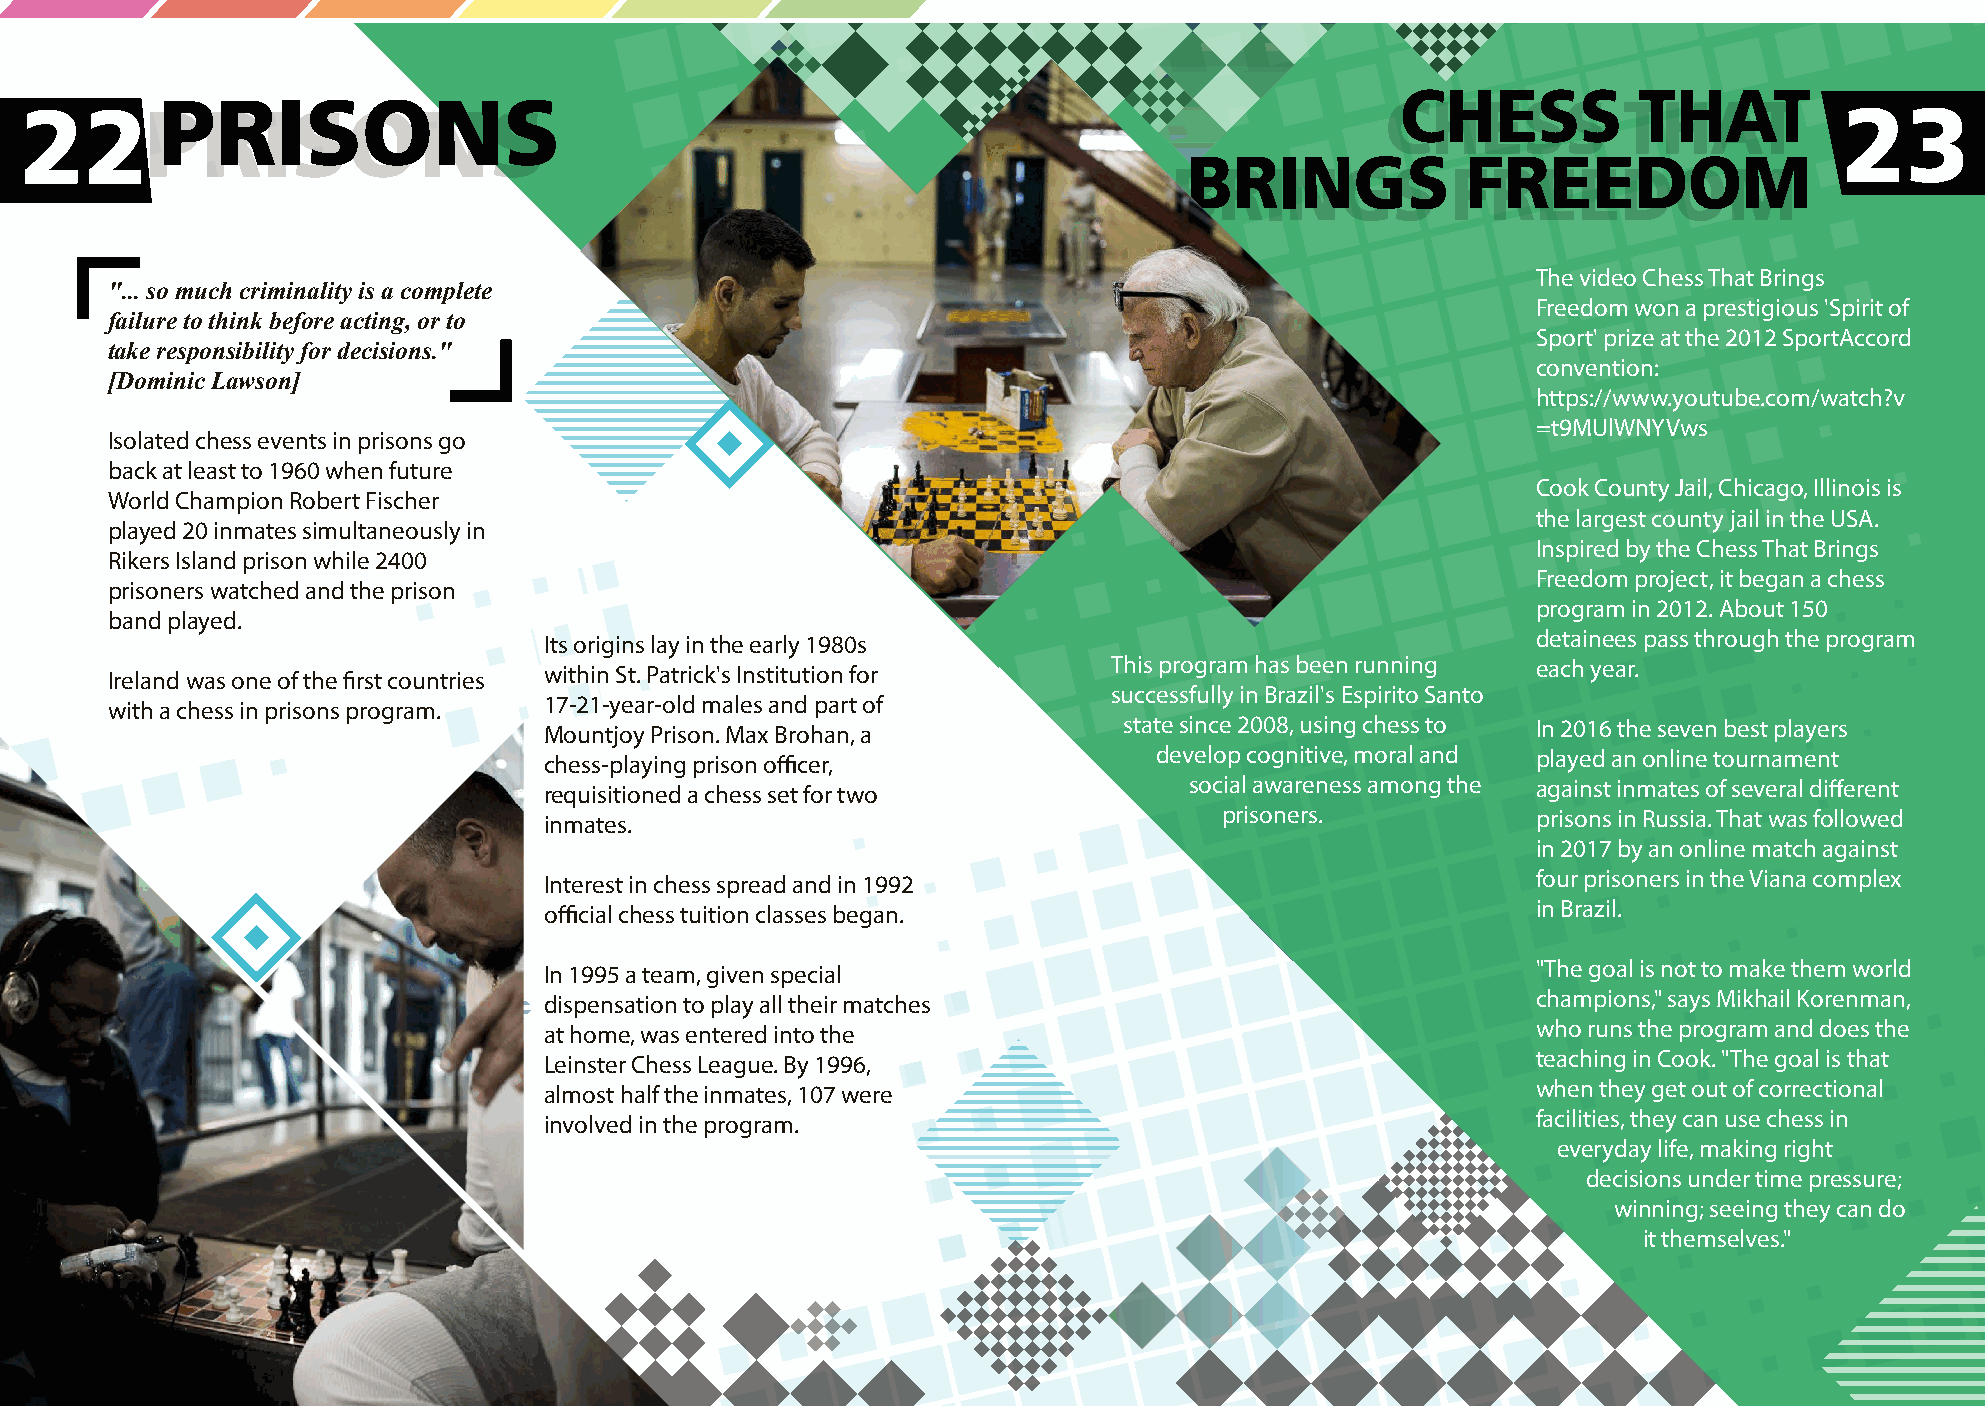
CHESS          THAT
 22PP        RR  II SS OO   NN  SS                                                          CHESS          THAT           23
 BRINGS            FREEDOM
 BRINGS            FREEDOM
 The video Chess That Brings
 "... so much criminality is a complete
 Freedom won a prestigious 'Spirit of
 failure to think before acting, or to
 Sport' prize at the 2012 SportAccord
 take responsibility for decisions."
 convention:
 [Dominic Lawson]
 https://www.youtube.com/watch?v
 =t9MUlWNYVws
 Isolated chess events in prisons go
 back at least to 1960 when future
 Cook County Jail, Chicago, Illinois is
 World Champion Robert Fischer
 the largest county jail in the USA.
 played 20 inmates simultaneously in
 Inspired by the Chess That Brings
 Rikers Island prison while 2400
 Freedom project, it began a chess
 prisoners watched and the prison
 program in 2012. About 150
 band played.
 Its origins lay in the early 1980s                                detainees pass through the program
 within St. Patrick's Institution for  This program has been running each year.
 Ireland was one of the first countries
 successfully in Brazil's Espirito Santo
 17-21-year-old males and part of
 with a chess in prisons program.
 Mountjoy Prison. Max Brohan, a        state since 2008, using chess to In 2016 the seven best players
 chess-playing prison officer,            develop cognitive, moral and played an online tournament
 requisitioned a chess set for two          social awareness among the against inmates of several different
 inmates.                                     prisoners.           prisons in Russia. That was followed
 in 2017 by an online match against
 Interest in chess spread and in 1992                              four prisoners in the Viana complex
 official chess tuition classes began.                             in Brazil.
 In 1995 a team, given special                                     "The goal is not to make them world
 dispensation to play all their matches                            champions," says Mikhail Korenman,
 at home, was entered into the                                     who runs the program and does the
 Leinster Chess League. By 1996,                                   teaching in Cook. "The goal is that
 almost half the inmates, 107 were                                 when they get out of correctional
 involved in the program.                                          facilities, they can use chess in
 everyday life, making right
 decisions under time pressure;
 winning; seeing they can do
 it themselves."